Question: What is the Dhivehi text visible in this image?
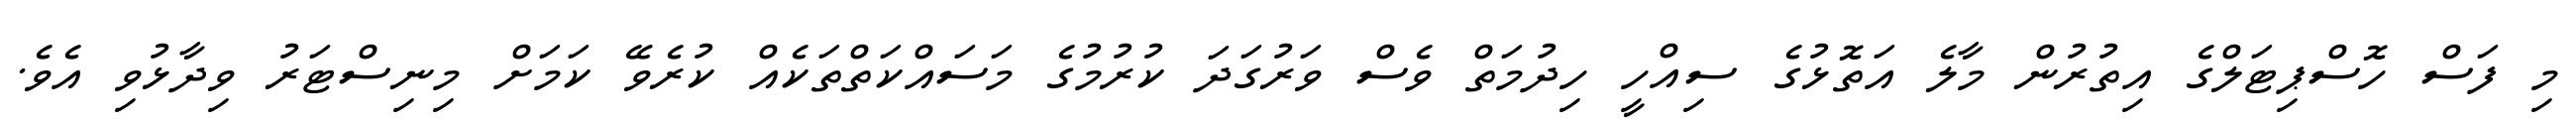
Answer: މި ފަސް ހޮސްޕިޓަލްގެ އިތުރުން މާލެ އަތޮޅުގެ ސިއްހީ ހިދުމަތް ވެސް ވަރުގަދަ ކުރުމުގެ މަސައްކަތްތަކެއް ކުރެވޭ ކަމަށް މިނިސްޓަރު ވިދާޅުވި އެވެ.